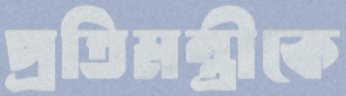
প্রতিমন্ত্রীকে